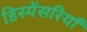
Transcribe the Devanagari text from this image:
डिस्पेंसरियाँ